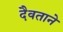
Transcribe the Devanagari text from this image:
दैवताने